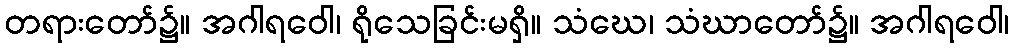
တရားတော်၌။ အဂါရဝေါ၊ ရိုသေခြင်းမရှိ။ သံဃေ၊ သံဃာတော်၌။ အဂါရဝေါ၊